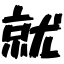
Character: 就